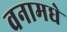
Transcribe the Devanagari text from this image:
वनामधे